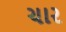
ચાર